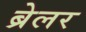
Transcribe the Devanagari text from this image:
ब्रेलर